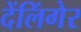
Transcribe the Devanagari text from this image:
देंलिंगेर